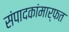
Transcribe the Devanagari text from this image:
संपादकांमार्फत